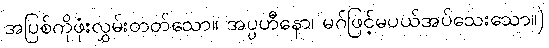
အပြစ်ကိုဖုံးလွှမ်းတတ်သော။ အပ္ပဟီနော၊ မဂ်ဖြင့်မပယ်အပ်သေးသော။)